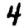
Digit: 4